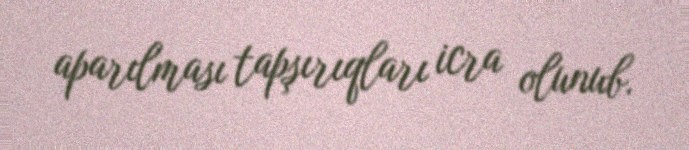
aparılması tapşırıqları icra olunub.